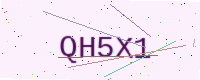
Text: QH5X1